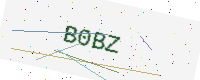
Text: B0BZ